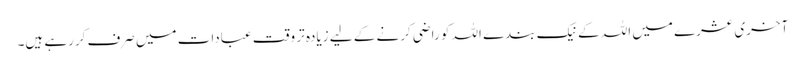
آخری عشرے میں اللہ کے نیک بندے اللہ کو راضی کرنے کے لیے زیادہ تر وقت عبادات میں صرف کررہے ہیں۔